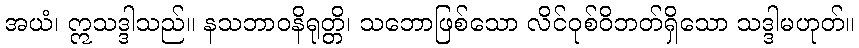
အယံ၊ ဣသဒ္ဒါသည်။ နသဘာဝနိရုတ္တိ၊ သဘောဖြစ်သော လိင်ဝုစ်ဝိဘတ်ရှိသော သဒ္ဒါမဟုတ်။